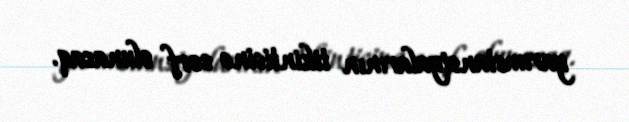
yarımstansiyalarının tikintisinə sərf olunacaq.